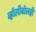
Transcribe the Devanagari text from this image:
व्हॉलीबॉलही